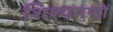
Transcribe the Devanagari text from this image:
शिश्यगणों